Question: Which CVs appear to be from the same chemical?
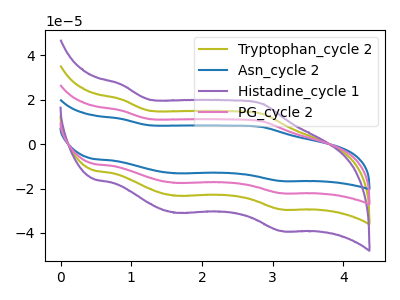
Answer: <think>The olive curve "Tryptophan_cycle 2" has anodic peaks at (0.85V, 30.45uA) (2.85V, 20.70uA) and cathodic peaks at (1.65V, -34.95uA) (3.10V, -44.20uA). The blue curve "Asn_cycle 2" has anodic peaks at (0.85V, 11.45uA) (2.85V, 7.75uA) and cathodic peaks at (1.65V, -13.10uA) (3.10V, -16.60uA). The purple curve "Histadine_cycle 1" has anodic peaks at (0.85V, 45.65uA) (2.85V, 31.00uA) and cathodic peaks at (1.65V, -52.40uA) (3.10V, -66.30uA). The pink curve "PG_cycle 2" has anodic peaks at (0.85V, 15.20uA) (2.85V, 10.35uA) and cathodic peaks at (1.65V, -17.45uA) (3.10V, -22.10uA).
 All the peaks in "Tryptophan_cycle 2" have a peak in "Asn_cycle 2" at the same potential. Every peak in "Tryptophan_cycle 2" is higher than every peak in "Asn_cycle 2". All the peaks in "Tryptophan_cycle 2" have a peak in "Histadine_cycle 1" at the same potential. Every peak in "Tryptophan_cycle 2" is lower than every peak in "Histadine_cycle 1". All the peaks in "Tryptophan_cycle 2" have a peak in "PG_cycle 2" at the same potential. Every peak in "Tryptophan_cycle 2" is higher than every peak in "PG_cycle 2". All the peaks in "Asn_cycle 2" have a peak in "Histadine_cycle 1" at the same potential. Every peak in "Asn_cycle 2" is lower than every peak in "Histadine_cycle 1". All the peaks in "Asn_cycle 2" have a peak in "PG_cycle 2" at the same potential. Every peak in "Asn_cycle 2" is lower than every peak in "PG_cycle 2". All the peaks in "Histadine_cycle 1" have a peak in "PG_cycle 2" at the same potential. Every peak in "Histadine_cycle 1" is higher than every peak in "PG_cycle 2".</think>
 <answer>"Asn_cycle 2", "Tryptophan_cycle 2", "Histadine_cycle 1" and "PG_cycle 2" have the same shape and are likely CV's of the same chemical.</answer>
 <eval>"Asn_cycle 2" "Tryptophan_cycle 2" "Histadine_cycle 1" "PG_cycle 2"</eval>